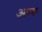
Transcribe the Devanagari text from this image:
अन्य